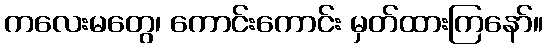
ကလေးမတွေ၊ ကောင်းကောင်း မှတ်ထားကြနော်။